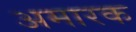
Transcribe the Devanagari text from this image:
अमारक